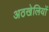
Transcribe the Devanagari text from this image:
अठखेलियों